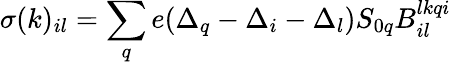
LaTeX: \sigma(k)_{il}=\sum_{q}e(\Delta_{q}-\Delta_{i}-\Delta_{l})S_{0q}B_{il}^{lkqi}